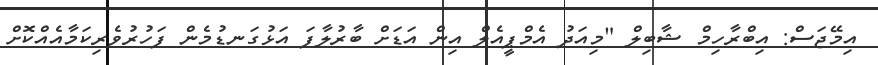
އިމޭޖަސް: އިބްރާހިމް ޝާބިލް "މިއަދު އެމްޕީއެލް އިން އަޑަށް ބާރުލާފަ އަޅުގަނޑުމެން ފަހުރުވެރިކަމާއެއްކޮށް